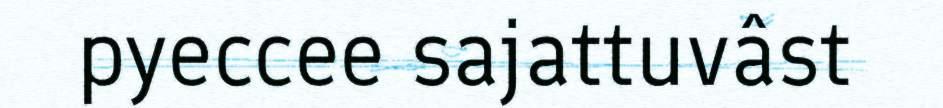
pyeccee sajattuvâst